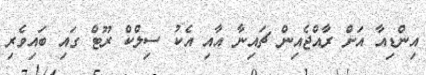
އިންޑިއާ އަށް ރާއްޖެއިން ޗައިނާ އާއި އެކު ސިލްކް ރޫޓް ގައި ބައިވެރި